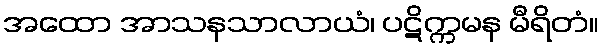
အထော အာသနသာလာယံ၊ ပဋိက္ကမန မီရိတံ။